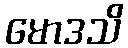
မောဒသိ